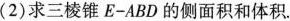
(2)求三棱锥E-ABD的侧面积和体积。